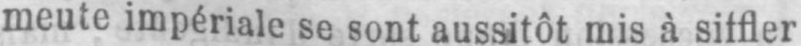
meute impériale se sont aussitôt mis à siffler